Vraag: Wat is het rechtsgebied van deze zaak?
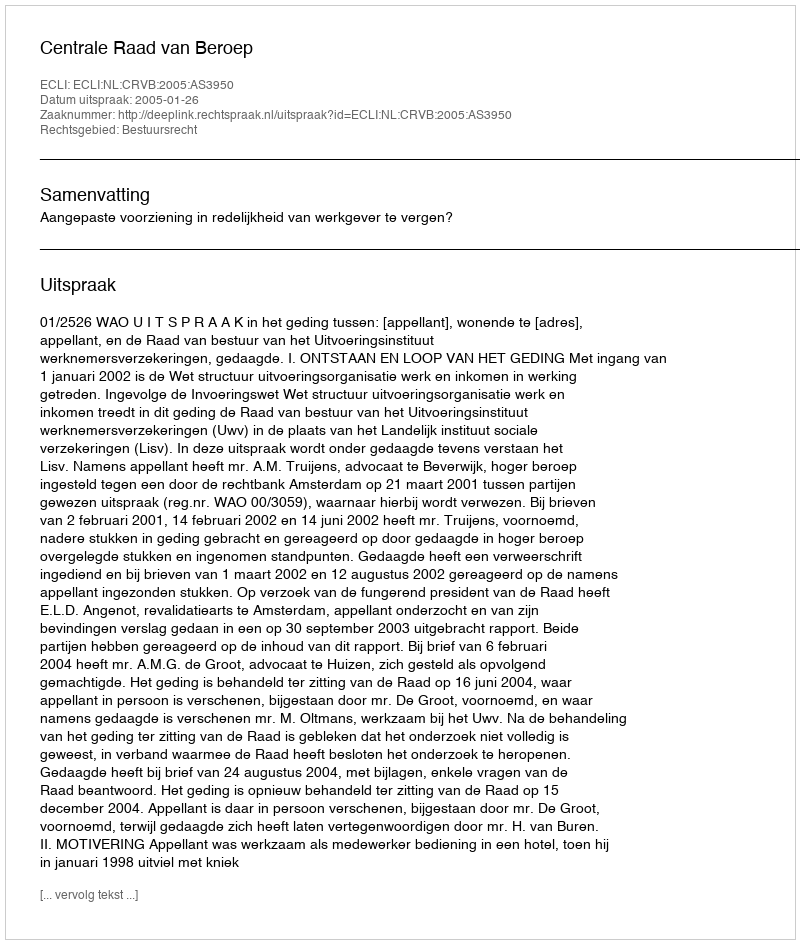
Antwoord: Bestuursrecht